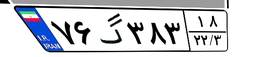
۷۶گ۳۸۳۱۸